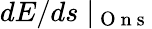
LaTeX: dE/ds\mid_{\mathrm{~O~n~s~}}